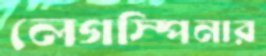
লেগস্পিনার